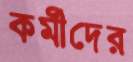
কর্মীদের